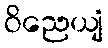
ဝိညေယျံ